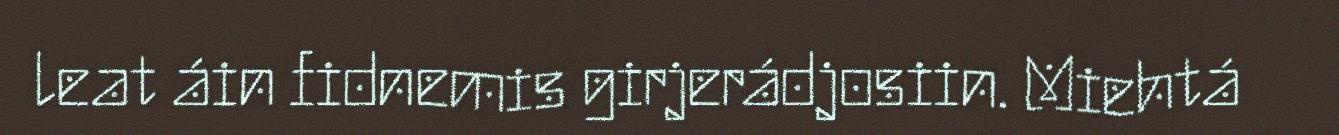
leat áin fidnemis girjerádjosiin. Miehtá